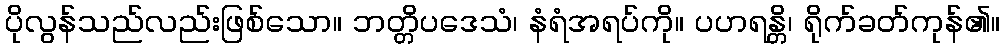
ပိုလွန်သည်လည်းဖြစ်သော။ ဘတ္တိပဒေသံ၊ နံရံအရပ်ကို။ ပဟရန္တိ၊ ရိုက်ခတ်ကုန်၏။